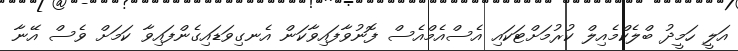
އަލީ ހަމީދު ބްލެކްމެއިލް ކުރުމަށްޓަކައި އެސްއެމްއެސް ފޮނުވާފައިވާކަން އެނގިވަޑައިގެންފައިވާ ކަމަށް ވެސް އޭނާ